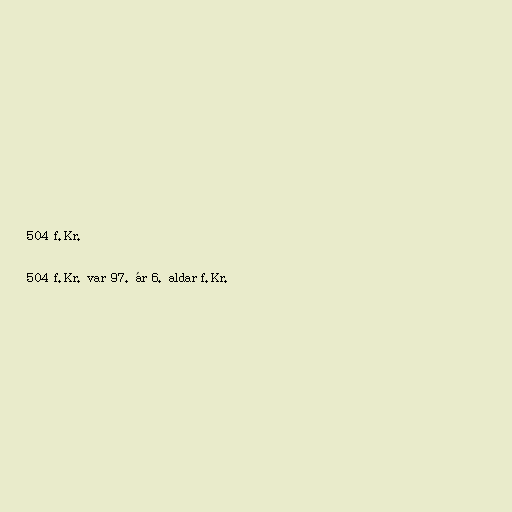
504 f.Kr.

504 f.Kr. var 97. ár 6. aldar f.Kr.